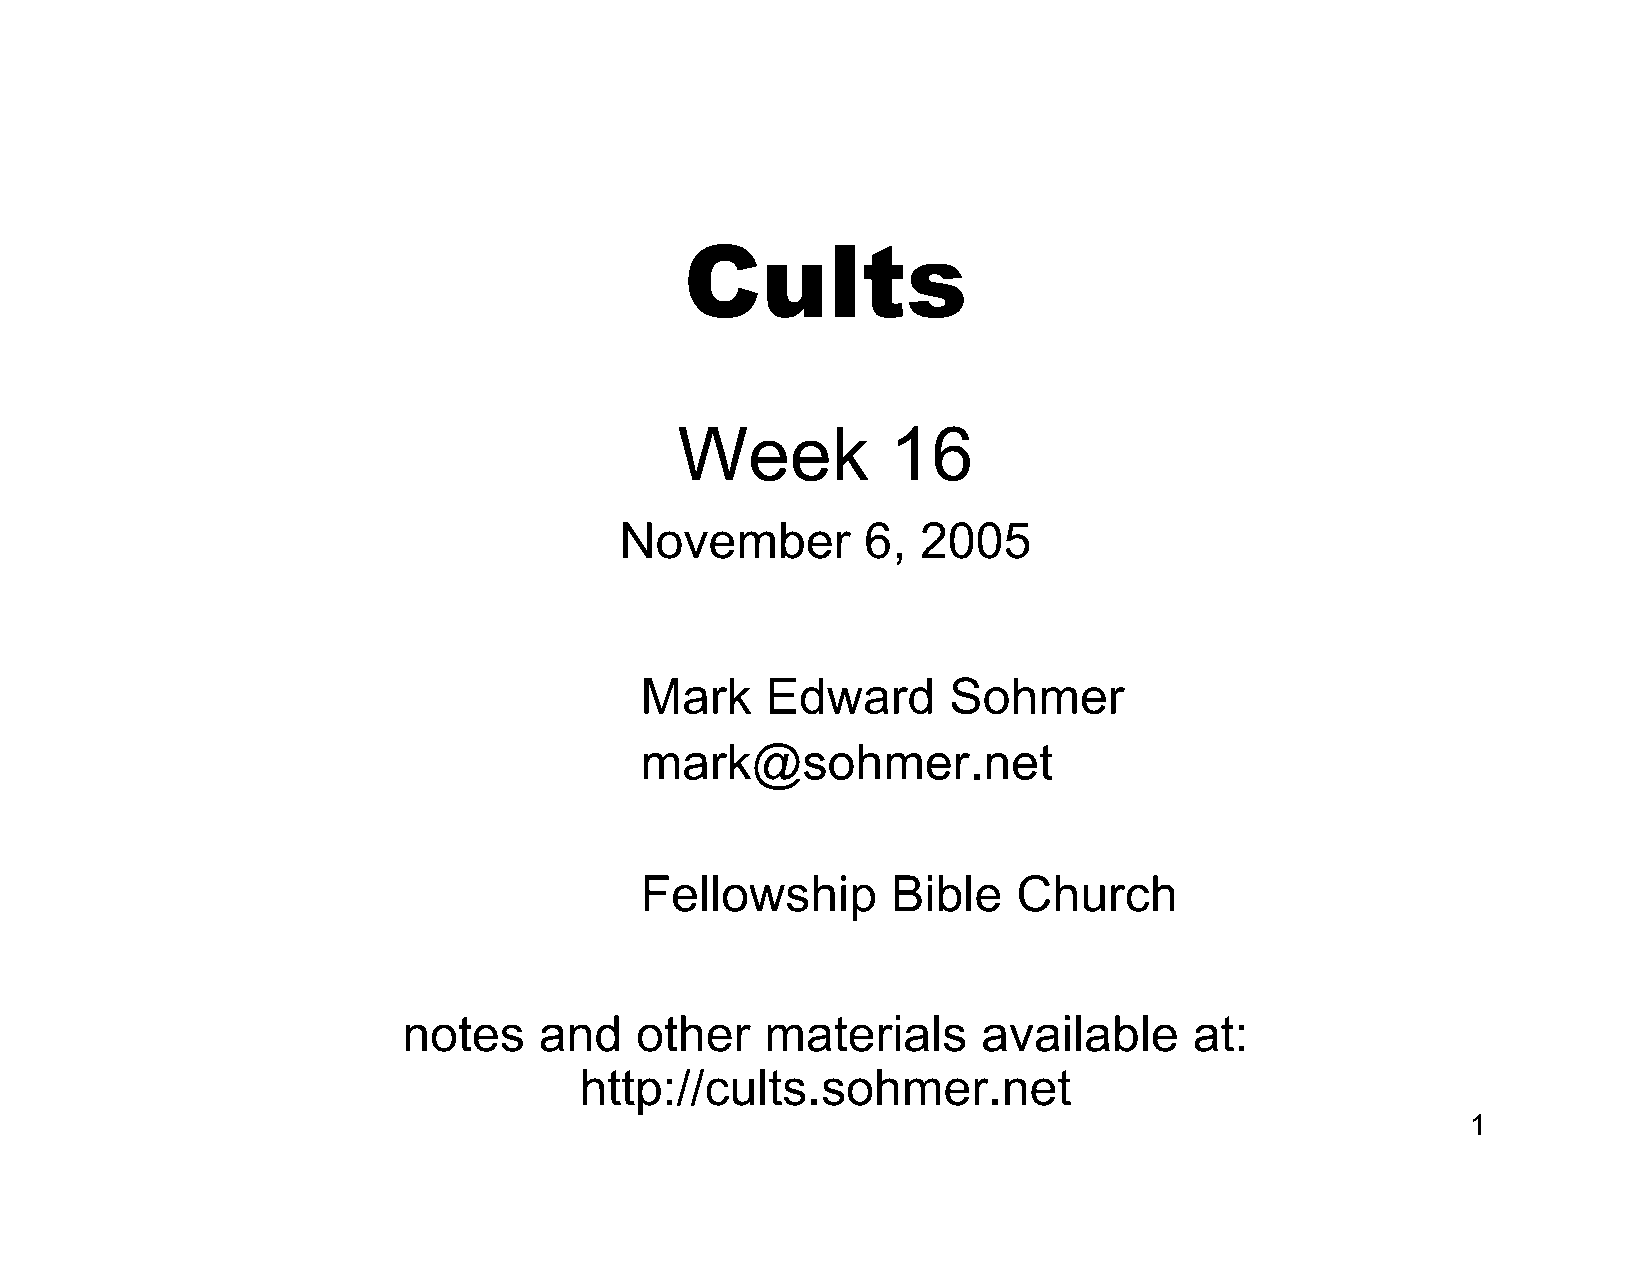
Cults
 Week          16
 November        6,  2005
 Mark     Edward      Sohmer
 mark@sohmer.net
 Fellowship       Bible   Church
 notes    and   other    materials     available     at:
 http://cults.sohmer.net
 1